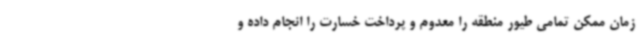
زمان ممکن تمامی طیور منطقه را معدوم و پرداخت خسارت را انجام داده و